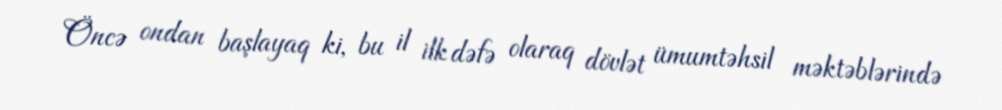
Öncə ondan başlayaq ki, bu il ilk dəfə olaraq dövlət ümumtəhsil məktəblərində